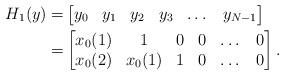
LaTeX: \begin{align*} H_1(y)=&\begin{bmatrix}y_0&y_1&y_2&y_3&\dots&y_{N-1} \end{bmatrix} \\ =&\begin{bmatrix} x_0(1)&1&0&0&\dots&0\\ x_0(2)&x_0(1)&1&0&\dots&0 \end{bmatrix}.\end{align*}